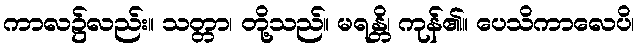
ကာလ၌လည်း။ သတ္တာ၊ တို့သည်။ မရန္တိ၊ ကုန်၏။ ပေသိကာလေပိ၊